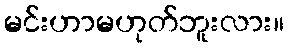
မင်းဟာမဟုတ်ဘူးလား။